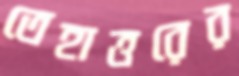
তেহাত্তরের